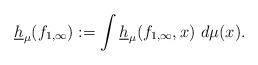
LaTeX: \begin{align*}\underline{h}_{\mu}(f_{1,\infty}):=\int \underline{h}_{\mu}(f_{1,\infty},x)\ d\mu(x).\end{align*}